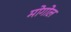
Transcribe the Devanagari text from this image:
मोगोल